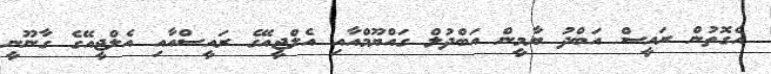
އެގޮތުން ރައީސް އަބްދު ޔާމީން އަބްދުލް ގައްޔޫމްއާއި އެލްޖީއޭގެ ރައީސްއާއި އެލްޖީއޭގެ ގާނޫނީ